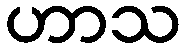
ဟာသ